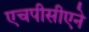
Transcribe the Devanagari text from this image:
एचपीसीएने